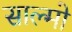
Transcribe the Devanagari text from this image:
साल्मो